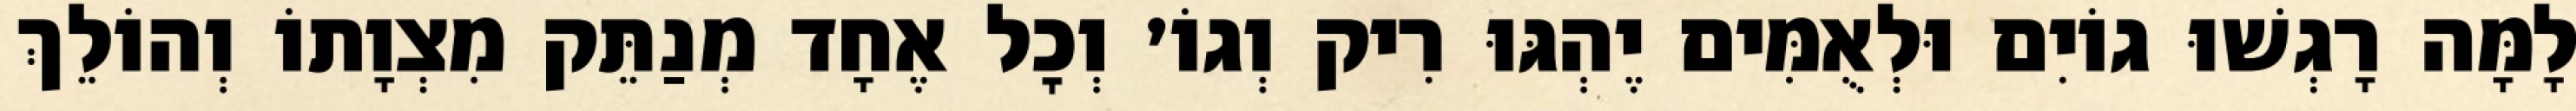
לָמָּה רָגְשׁוּ גוֹיִם וּלְאֻמִּים יֶהְגּוּ רִיק וְגוֹ׳ וְכׇל אֶחָד מְנַתֵּק מִצְוָתוֹ וְהוֹלֵךְ